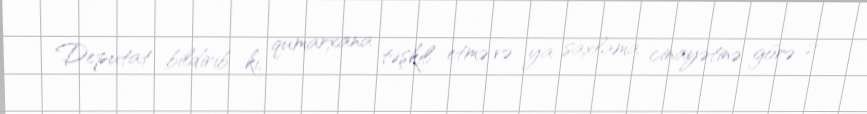
Deputat bildirib ki, qumarxana təşkil etmə və ya saxlama cinayətinə görə 2